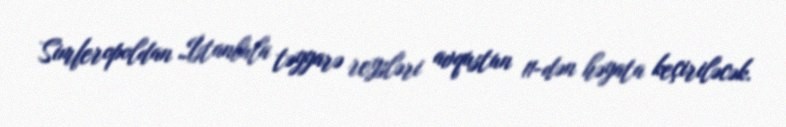
Simferopoldan İstanbula təyyarə reysləri avqustun 11-dən həyata keçiriləcək.